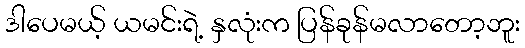
ဒါပေမယ့် ယမင်းရဲ့ နှလုံးက ပြန်ခုန်မလာတော့ဘူး